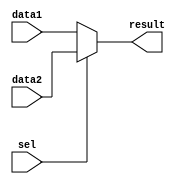
`timescale 1ns / 1ps

module Mux_2to1(sel, data1, data2, result);
    parameter N = 32;
    input sel;
    input [N - 1:0] data1, data2;
    output reg [N - 1:0] result;
    always @ (*) begin
        result = (sel == 0) ? data1:data2;
    end
endmodule